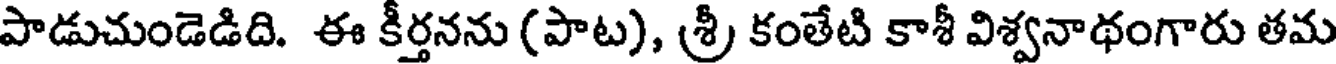
పాడుచుండెడిది. ఈ కీర్తనను (పాట), శ్రీ కంతేటి కాశీ విశ్వనాథంగారు తమ